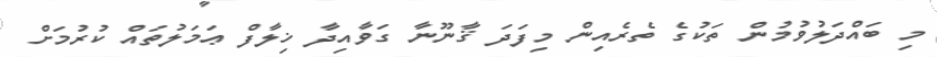
މި ބައްދަލުވުމުން ތަކުގެ ތެރެއިން މިފަދަ ޤާނޫނާ ގަވާއިދާ ޚިލާފް ޢަމަލުތައް ކުރުމަށް